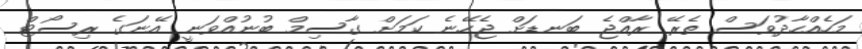
މަހެއްހާދުވަސް ތެރޭ ރާއްޖެ ބަނޑަށް ޖެހޭނެ ކަމަށް ގާސިމް ބުނުއްވަނީ އޭނަގެ ރިސޯޓް